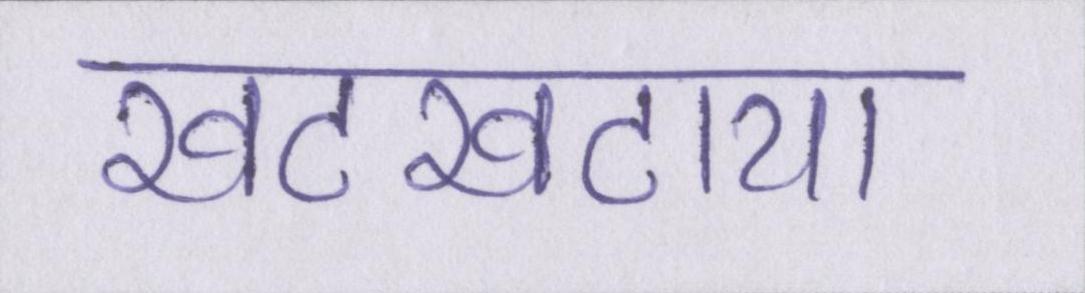
खटखटाया